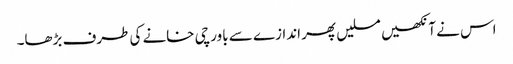
اس نے آنکھیں مسلیں پھر اندازے سے باورچی خانے کی طرف بڑھا۔